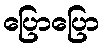
ပြောပြော